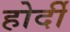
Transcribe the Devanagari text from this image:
होर्दी